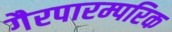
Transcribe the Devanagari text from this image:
गैरपारम्परिक